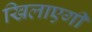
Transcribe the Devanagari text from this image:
खिलाएगी